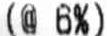
(@ 6%)